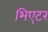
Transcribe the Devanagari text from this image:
भिएटर